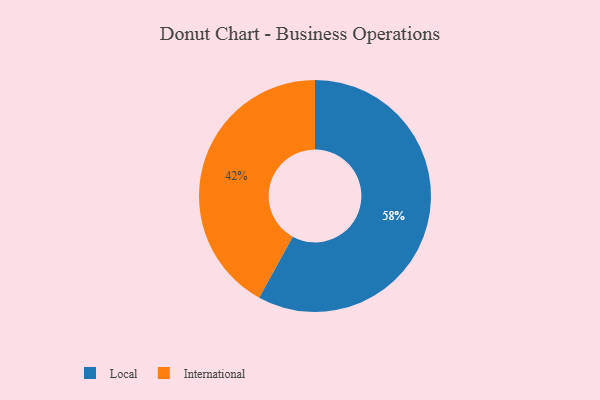
{"axis": {"x": "Category", "y": "Percentage"}, "legend": ["International", "Local"], "data": [{"x": "Local", "y": 58, "type": "Local"}, {"x": "International", "y": 42, "type": "International"}]}